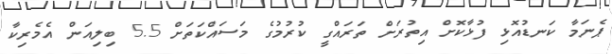
ޕެނަމާ ކަނޑުއޮޅި ފުޅާކޮށް އިތުރަށް ތަރައްގީ ކުރުމުގެ މަސައްކަތަށް 5.5 ބިލިއަން އެމެރިކާ